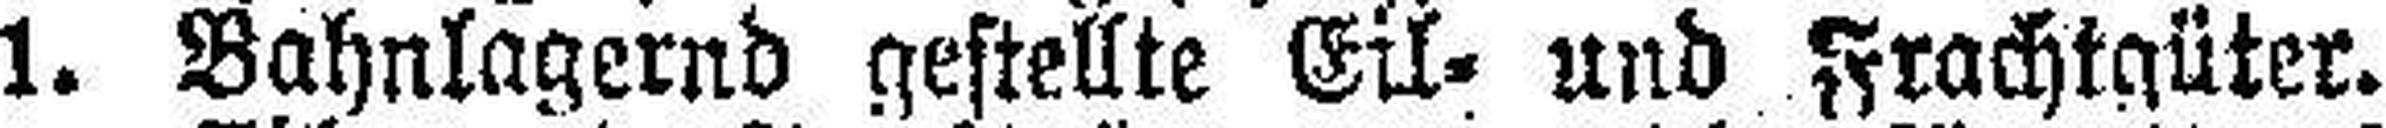
1. Bahnlagernd gestellte Eil- und Frachtgüter.